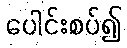
ပေါင်းစပ်၍